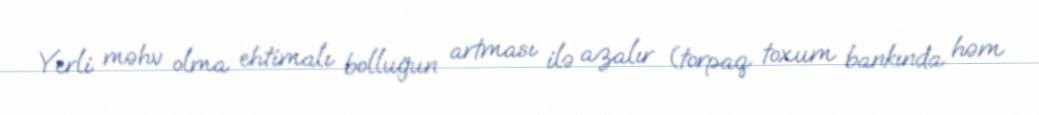
Yerli məhv olma ehtimalı bolluğun artması ilə azalır (torpaq toxum bankında həm